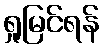
ရှုမြင်ရန်